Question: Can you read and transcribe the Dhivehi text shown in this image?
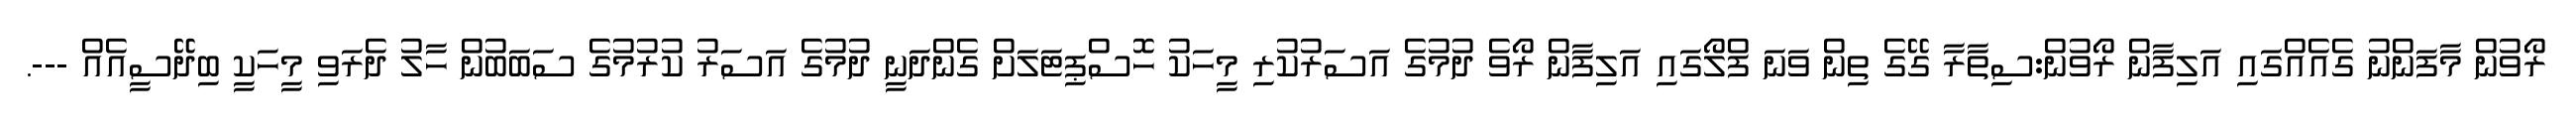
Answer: ރޯވުން މާފަންނު ގެއެއްގައި އަލިފާން ރޯވުން:ސިތާރާ ގޭގެ ތިން ވަނަ ފްލޯގައި އަލިފާން ރޯވެ ދުމުގެ އަސަރުކުރި މީހަކު ހޮސްޕިޓަލަށް ގެންދަނީ ދުމުގެ އަސަރު ކުރުމުގެ ސަބަބުން ހާލު ދެރަވި މީހަކީ ބިދޭސީއެއް ---.